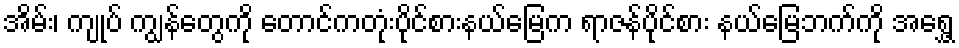
အိမ်း၊ ကျုပ် ကျွန်တွေကို တောင်ကတုံးပိုင်စားနယ်မြေက ရာဇန်ပိုင်စား နယ်မြေဘက်ကို အရွှေ့